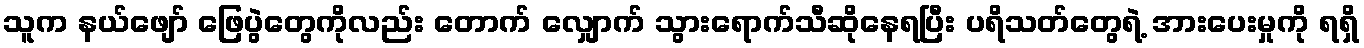
သူက နယ်ဖျော် ဖြေပွဲတွေကိုလည်း တောက် လျှောက် သွားရောက်သီဆိုနေရပြီး ပရိသတ်တွေရဲ့ အားပေးမှုကို ရရှိ